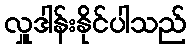
လှူဒါန်းနိုင်ပါသည်